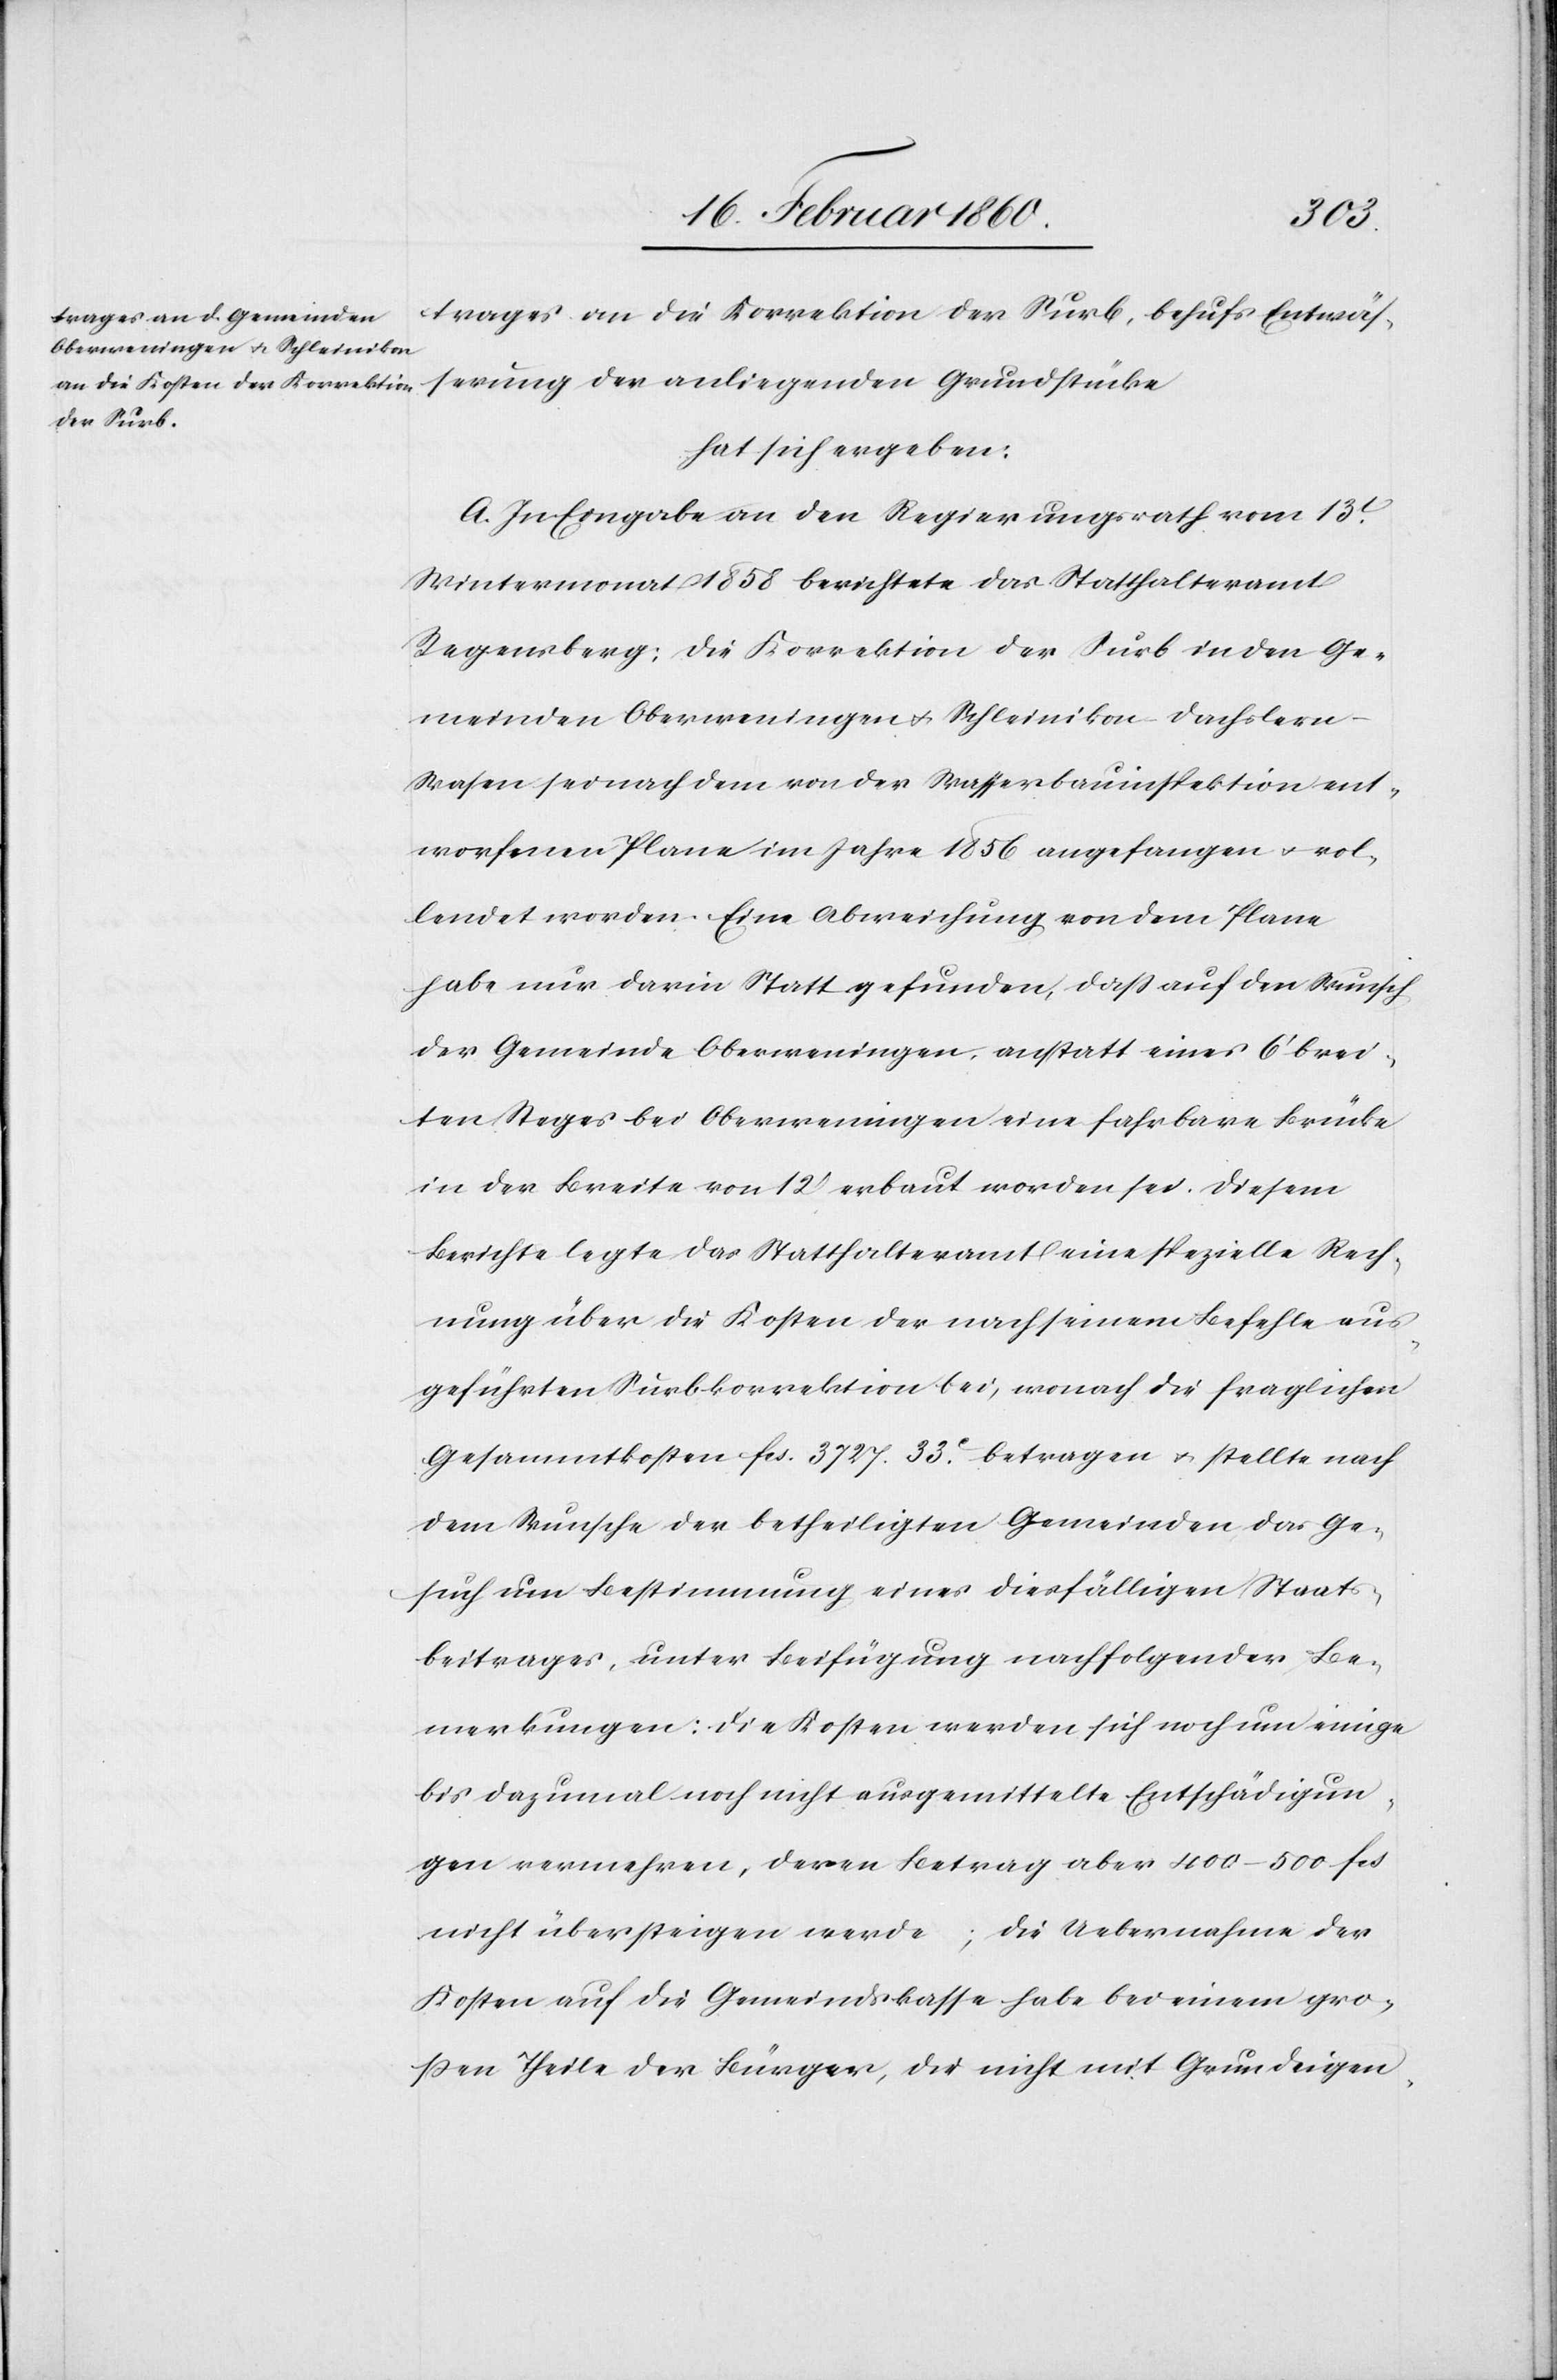
trages an die Korrektion der Surb, behufs Entwäs¬
serung der anliegenden Grundstücke
hat sich ergeben:
A. In Eingabe an den Regierungsrath vom 13t
Wintermonat 1858 berichtete das Statthalteramt
Regensberg: Die Korrektion der Surb in den Ge¬
meinden Oberweningen u. Schleinikon-Dachsler¬
n-Wasen sei nach dem von der Wasserbauinspektion ent¬
worfenen Plane im Jahre 1856 angefangen u. vol¬
lendet worden. Eine Abweichung von dem Plane
habe nur darin statt gefunden, dass auf den Wunsch
der Gemeinde Oberweningen, anstatt eines 6’ brei¬
ten Steges bei Oberweningen eine fahrbare Brücke
in der Breite von 12’ erbaut worden sei. Diesem
Berichte legte das Statthalteramt eine spezielle Rech¬
nung über die Kosten der nach seinem Befehle aus¬
geführten Surbkorrektion bei, wonach die fraglichen
Gesammtkosten fcs. 3727. 33C betragen u. stellte nach
dem Wunsche der betheiligten Gemeinden das Ge¬
such um Bestimmung eines diesfälligen Staats¬
beitrages, unter Beifügung nachfolgender Be¬
merkungen: die Kosten werden sich noch um einige
bis dazumal noch nicht ausgemittelte Entschädigun¬
gen vermehren, deren Betrag aber 400–500 fcs.
nicht übersteigen werde; die Uebernahme der
Kosten auf die Gemeindskasse habe bei einem gro¬
ssen Theile der Bürger, die nicht mit Grundeigen-